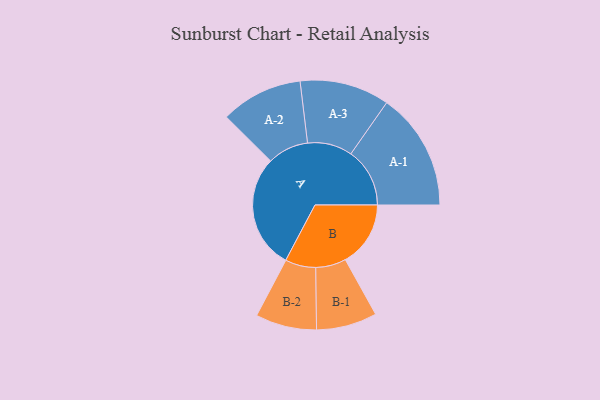
{"axis": {"x": "Segment", "y": "Value"}, "legend": ["", "A", "B"], "data": [{"x": "A", "y": 449, "type": ""}, {"x": "B", "y": 256, "type": ""}, {"x": "A-1", "y": 231, "type": "A"}, {"x": "A-2", "y": 161, "type": "A"}, {"x": "A-3", "y": 176, "type": "A"}, {"x": "B-1", "y": 119, "type": "B"}, {"x": "B-2", "y": 120, "type": "B"}]}